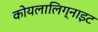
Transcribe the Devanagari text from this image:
कोयलालिग्नाइट